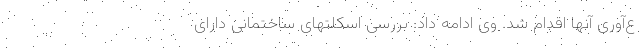
ع‌آوری آنها اقدام شد. وی ادامه داد: بررسی اسکلتهای ساختمانی دارای